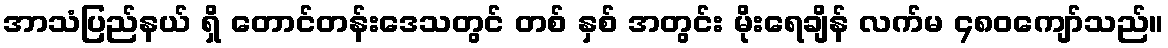
အာသံပြည်နယ် ရှိ တောင်တန်းဒေသတွင် တစ် နှစ် အတွင်း မိုးရေချိန် လက်မ ၄၈၀ကျော်သည်။